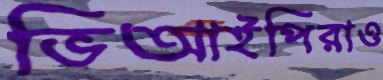
ভিআইপিরাও